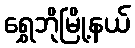
ရွှေဘိုမြို့နယ်